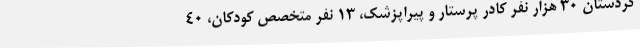
کردستان 30 هزار نفر کادر پرستار و پیراپزشک، 13 نفر متخصص کودکان، 40